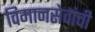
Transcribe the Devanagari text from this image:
विमानसेवांची